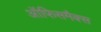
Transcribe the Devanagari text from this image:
ऑफिसमैक्स